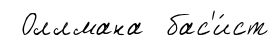
Оллмана бас'и́ст